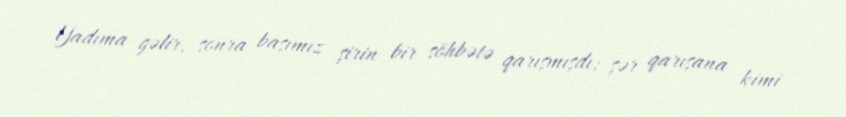
Yadıma gəlir, sonra başımız şirin bir söhbətə qarışmışdı; şər qarışana kimi